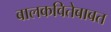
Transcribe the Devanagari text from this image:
बालकवितेबाबत